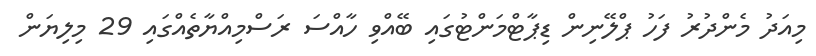
މިއަދު މެންދުރު ފަހު ޕްލޭނިން ޑިޕާޓްމަންޓުގައި ބޭއްވި ހާއްސަ ރަސްމިއްޔާތެއްގައި 29 މިލިޔަން